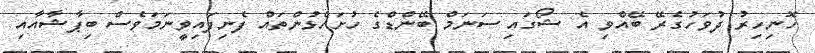
ހޮނިހިރު ދުވަހުގެރޭ ބޭއްވި އެ ޝޯގައި ސަނަމް ބޭންޑްގެ ހުށަހެޅުންތައް ފެނިފައިވީނަމަވެސް ބިޕާޝާއާއި